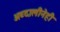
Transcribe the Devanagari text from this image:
अब्दालीनेही